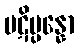
ပဋိပ္ပန္နော